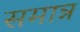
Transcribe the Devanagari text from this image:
समान्न